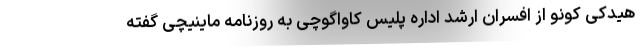
هیدکی کونو از افسران ارشد اداره پلیس کاواگوچی به روزنامه ماینیچی گفته